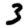
Digit: 3